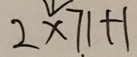
2 \times 7 1 + 1